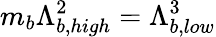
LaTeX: m_{b}\Lambda_{b,high}^{2}=\Lambda_{b,low}^{3}